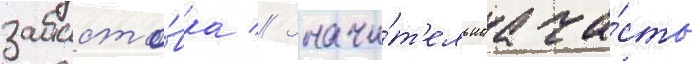
забасто́вка // Значи́т'ельнаа ча́сть